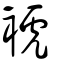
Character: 裭